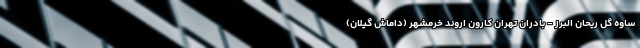
ساوه گل ریحان البرز - بادران تهران کارون اروند خرمشهر (داماش گیلان)